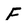
Character: F